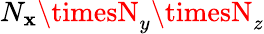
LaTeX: N_{\mathbf{x}}\timesN_{y}\timesN_{z}